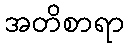
အတိစာရာ